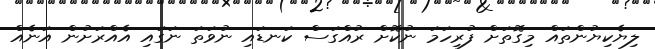
ލިޔެކިޔުންތައް މިގޮތަށް ފުރިހަމަ ނުކޮށް ރުއްގަސް ކަނޑައި ނުވަތަ ނަގައި އެއްރަށުން އަނެއް